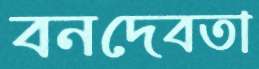
বনদেবতা